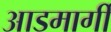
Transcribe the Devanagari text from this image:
आडमार्गीं